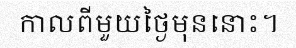
កាលពីមួយថ្ងៃមុននោះ។